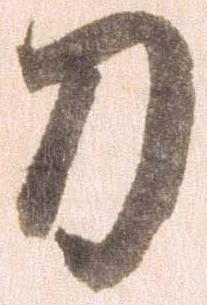
刀